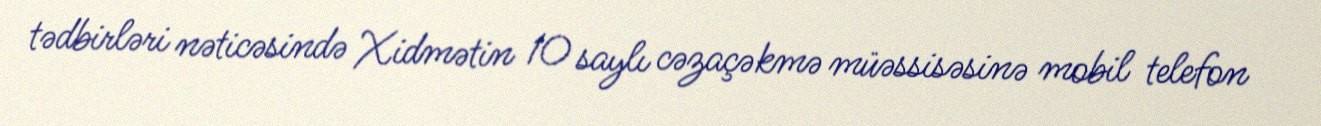
tədbirləri nəticəsində Xidmətin 10 saylı cəzaçəkmə müəssisəsinə mobil telefon